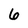
Character: 6